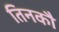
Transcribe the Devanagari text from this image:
तिनकौ